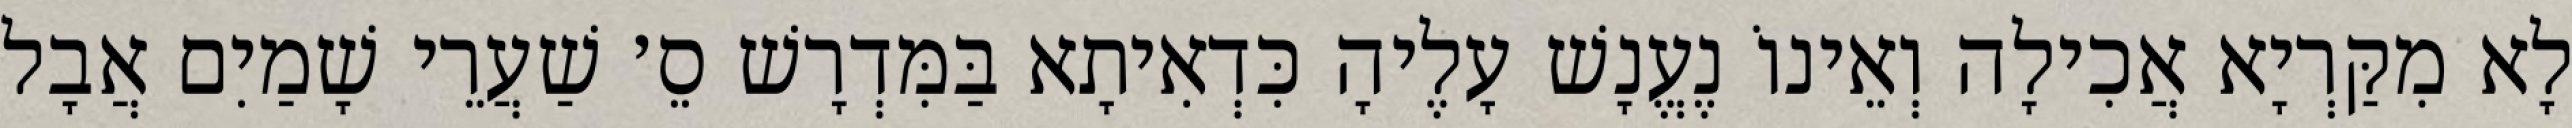
לָא מִקַּרְיָא אֲכִילָה וְאֵינוֹ נֶעֱנָשׁ עָלֶיהָ כִּדְאִיתָא בַּמִּדְרָשׁ סֵ׳ שַׁעֲרֵי שָׁמַיִם אֲבָל